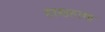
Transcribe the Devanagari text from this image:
हाणहाण